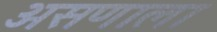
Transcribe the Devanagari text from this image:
असणाला